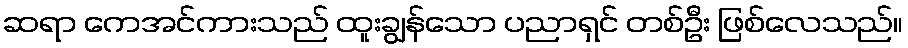
ဆရာ ကေအင်ကားသည် ထူးချွန်သော ပညာရှင် တစ်ဦး ဖြစ်လေသည်။